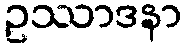
ဥဿာဒနာ